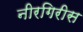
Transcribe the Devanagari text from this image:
नीरगिरीस